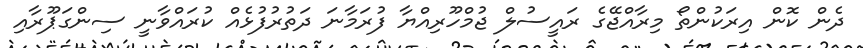
ދެން ކޮން އިރަކުންތޯ މިރާއްޖޭގެ ރައީސުލް ޖުމްހޫރިއްޔާ ފުރަމާނަ ދަތުރުފުޅެއް ކުރައްވާނީ ސިންގަޕޫރާއި